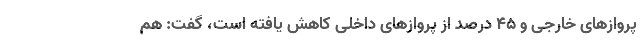
پروازهای خارجی و ۴۵ درصد از پروازهای داخلی کاهش یافته است، گفت: هم